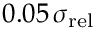
0 . 0 5 \, \sigma _ { \mathrm { r e l } }